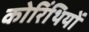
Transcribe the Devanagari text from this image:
कोरिंथियों